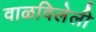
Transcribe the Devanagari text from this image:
वाळविलेली